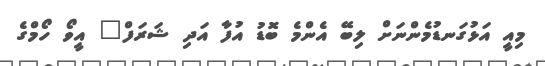
މިއީ އަޅުގަނޑުމެންނަށް ލިބޭ އެންމެ ބޮޑު އުފާ އަދި ޝަރަފް" އީވޯ ހޯމްގެ